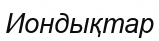
Иондықтар